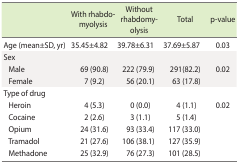
|  | With rhabdomyolysis | Without rhabdomyolysis | Total | p-value |
 | --- | --- | --- | --- | --- |
 | Age (mean±SD, yr) | 35.45±4.82 | 39.78±6.31 | 37.69±5.87 | 0.03 |
 | Sex |  |  |  |  |
 | Male | 69 (90.8) | 222 (79.9) | 291(82.2) | 0.02 |
 | Female | 7 (9.2) | 56 (20.1) | 63 (17.8) |  |
 | Type of drug |  |  |  |  |
 | Heroin | 4 (5.3) | 0 (0.0) | 4 (1.1) | 0.02 |
 | Cocaine | 2 (2.6) | 3 (1.1) | 5 (1.4) |  |
 | Opium | 24 (31.6) | 93 (33.4) | 117 (33.0) |  |
 | Tramadol | 21 (27.6) | 106 (38.1) | 127 (35.9) |  |
 | Methadone | 25 (32.9) | 76 (27.3) | 101 (28.5) |  |